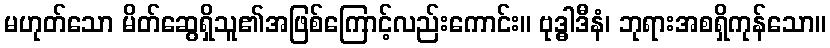
မဟုတ်သော မိတ်ဆွေရှိသူ၏အဖြစ်ကြောင့်လည်းကောင်း။ ဗုဒ္ဓါဒီနံ၊ ဘုရားအစရှိကုန်သော။